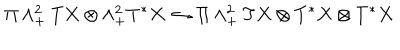
LaTeX: \Pi \wedge _ { + } ^ { 2 } T X \otimes \wedge _ { + } ^ { 2 } T ^ { * } X \hookrightarrow \Pi \wedge _ { + } ^ { 2 } T X \otimes T ^ { * } X \otimes T ^ { * } X